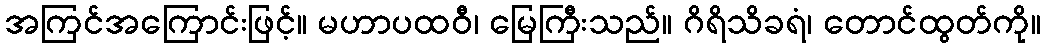
အကြင်အကြောင်းဖြင့်။ မဟာပထဝီ၊ မြေကြီးသည်။ ဂိရိသိခရံ၊ တောင်ထွတ်ကို။